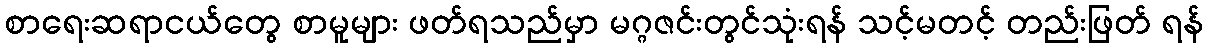
စာရေးဆရာငယ်တွေ စာမူများ ဖတ်ရသည်မှာ မဂ္ဂဇင်းတွင်သုံးရန် သင့်မတင့် တည်းဖြတ် ရန်